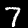
Label: 7